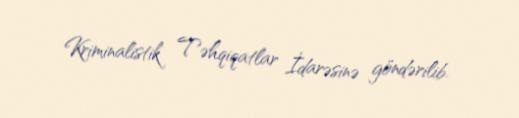
Kriminalistik Təhqiqatlar İdarəsinə göndərilib.